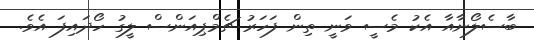
ބާސެލޯނާއާ އެކު މެސީ ވަނީ ތިން ފަހަރު ޗެމްޕިއަންސް ލީގު ހޯދައިފަ އެވެ.